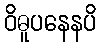
ဝိဓူပနေနပိ